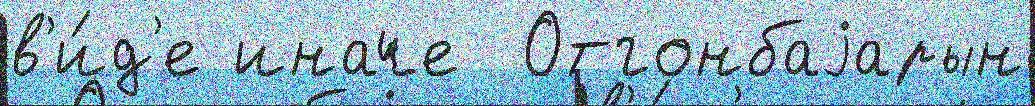
в'и́д'е иначе  Отгонбаjарын